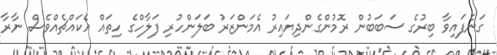
ގަނެފައިވާ ބިރުގެ ސަބަބުން ރޮމުންގެންދިޔައިރު އެމަންޒަރު ބަލަންހުރި ފަލާހްގެ ހިތައް އެކައްޗެއްވެސް ނާރާ